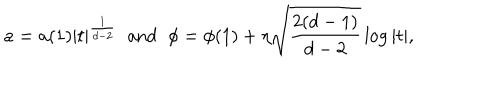
LaTeX: a = a ( 1 ) | t | ^ { \frac { 1 } { d - 2 } } \; \; \mathrm { a n d } \; \; \phi = \phi ( 1 ) + \eta \sqrt { \frac { 2 ( d - 1 ) } { d - 2 } } \, \mathrm { l o g } \, | t | ,